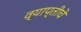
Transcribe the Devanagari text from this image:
व्याप्तीचे